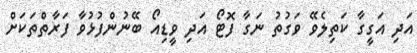
އަދި އަގީގާ ކަތިލެވޭ ވަގުތު ނަގާ ފޮޓޯ އަދި ވީޑިއޯ ބޭނުންފުޅުވާ ފަރާތްތަކަށް